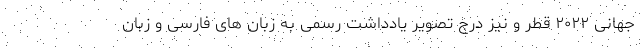
جهانی ۲۰۲۲ قطر و نیز درج تصویر یادداشت رسمی به زبان های فارسی و زبان